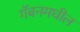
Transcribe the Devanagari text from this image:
गॅबनमधील